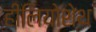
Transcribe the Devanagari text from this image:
हीलियोशेथ